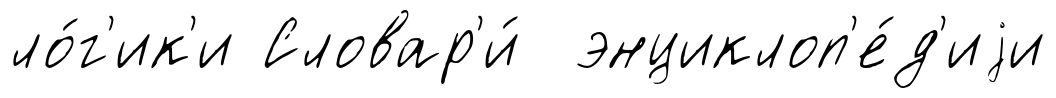
ло́г'ик'и Словар'и́ энциклоп'е́д'иjи